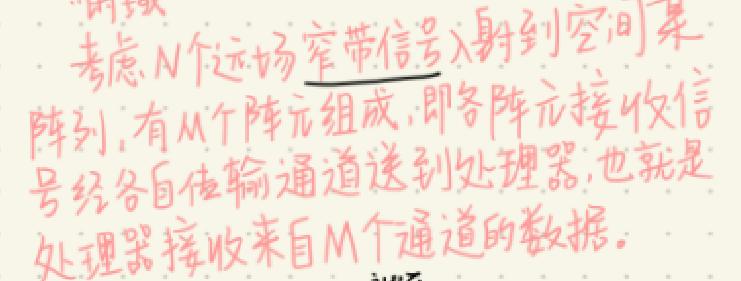
考虑N个远场窄带信号入射到空间某
阵列，有M个阵元组成，即各阵元接收信
号经各自传输通道送到处理器，也就是
处理器接收来自M个通道的数据。